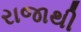
રાજાથી